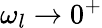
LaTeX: \omega_{l}\to 0^{+}